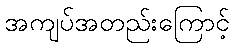
အကျပ်အတည်းကြောင့်